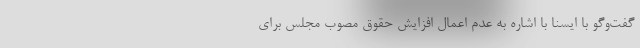
گفت‌وگو با ایسنا با اشاره به عدم اعمال افزایش حقوق مصوب مجلس برای